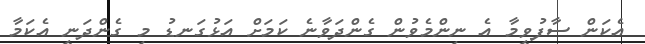
އެކަން ސާފުވީމާ އެ ނިންމެވުން ގެންދަވާނެ ކަމަށް އަޅުގަނޑު މި ގެންދަނީ އެކަމާ